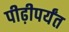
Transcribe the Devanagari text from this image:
पीढ़ीपर्यंत